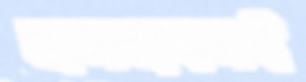
যানবাহনই